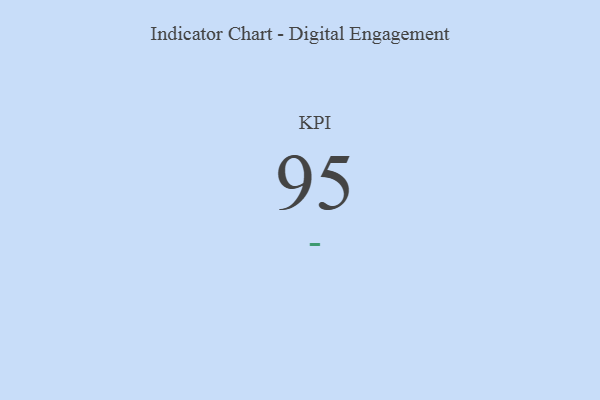
{"axis": {"x": "KPI", "y": "Value"}, "legend": [""], "data": [{"x": "KPI", "y": 95, "type": ""}]}